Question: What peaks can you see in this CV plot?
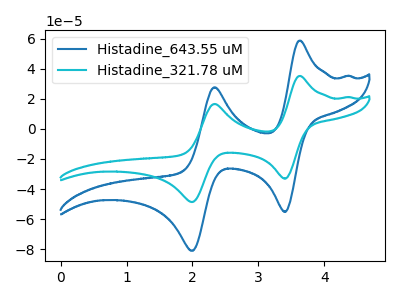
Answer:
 <answer>The blue curve "Histadine_643.55 uM" has anodic peaks at (3.60V, 58.75uA) (2.35V, 27.75uA) and cathodic peaks at (3.40V, -55.25uA) (2.00V, -81.10uA). The cyan curve "Histadine_321.78 uM" has anodic peaks at (3.60V, 35.25uA) (2.35V, 16.65uA) and cathodic peaks at (3.40V, -33.10uA) (2.00V, -48.65uA).</answer>
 <eval></eval>